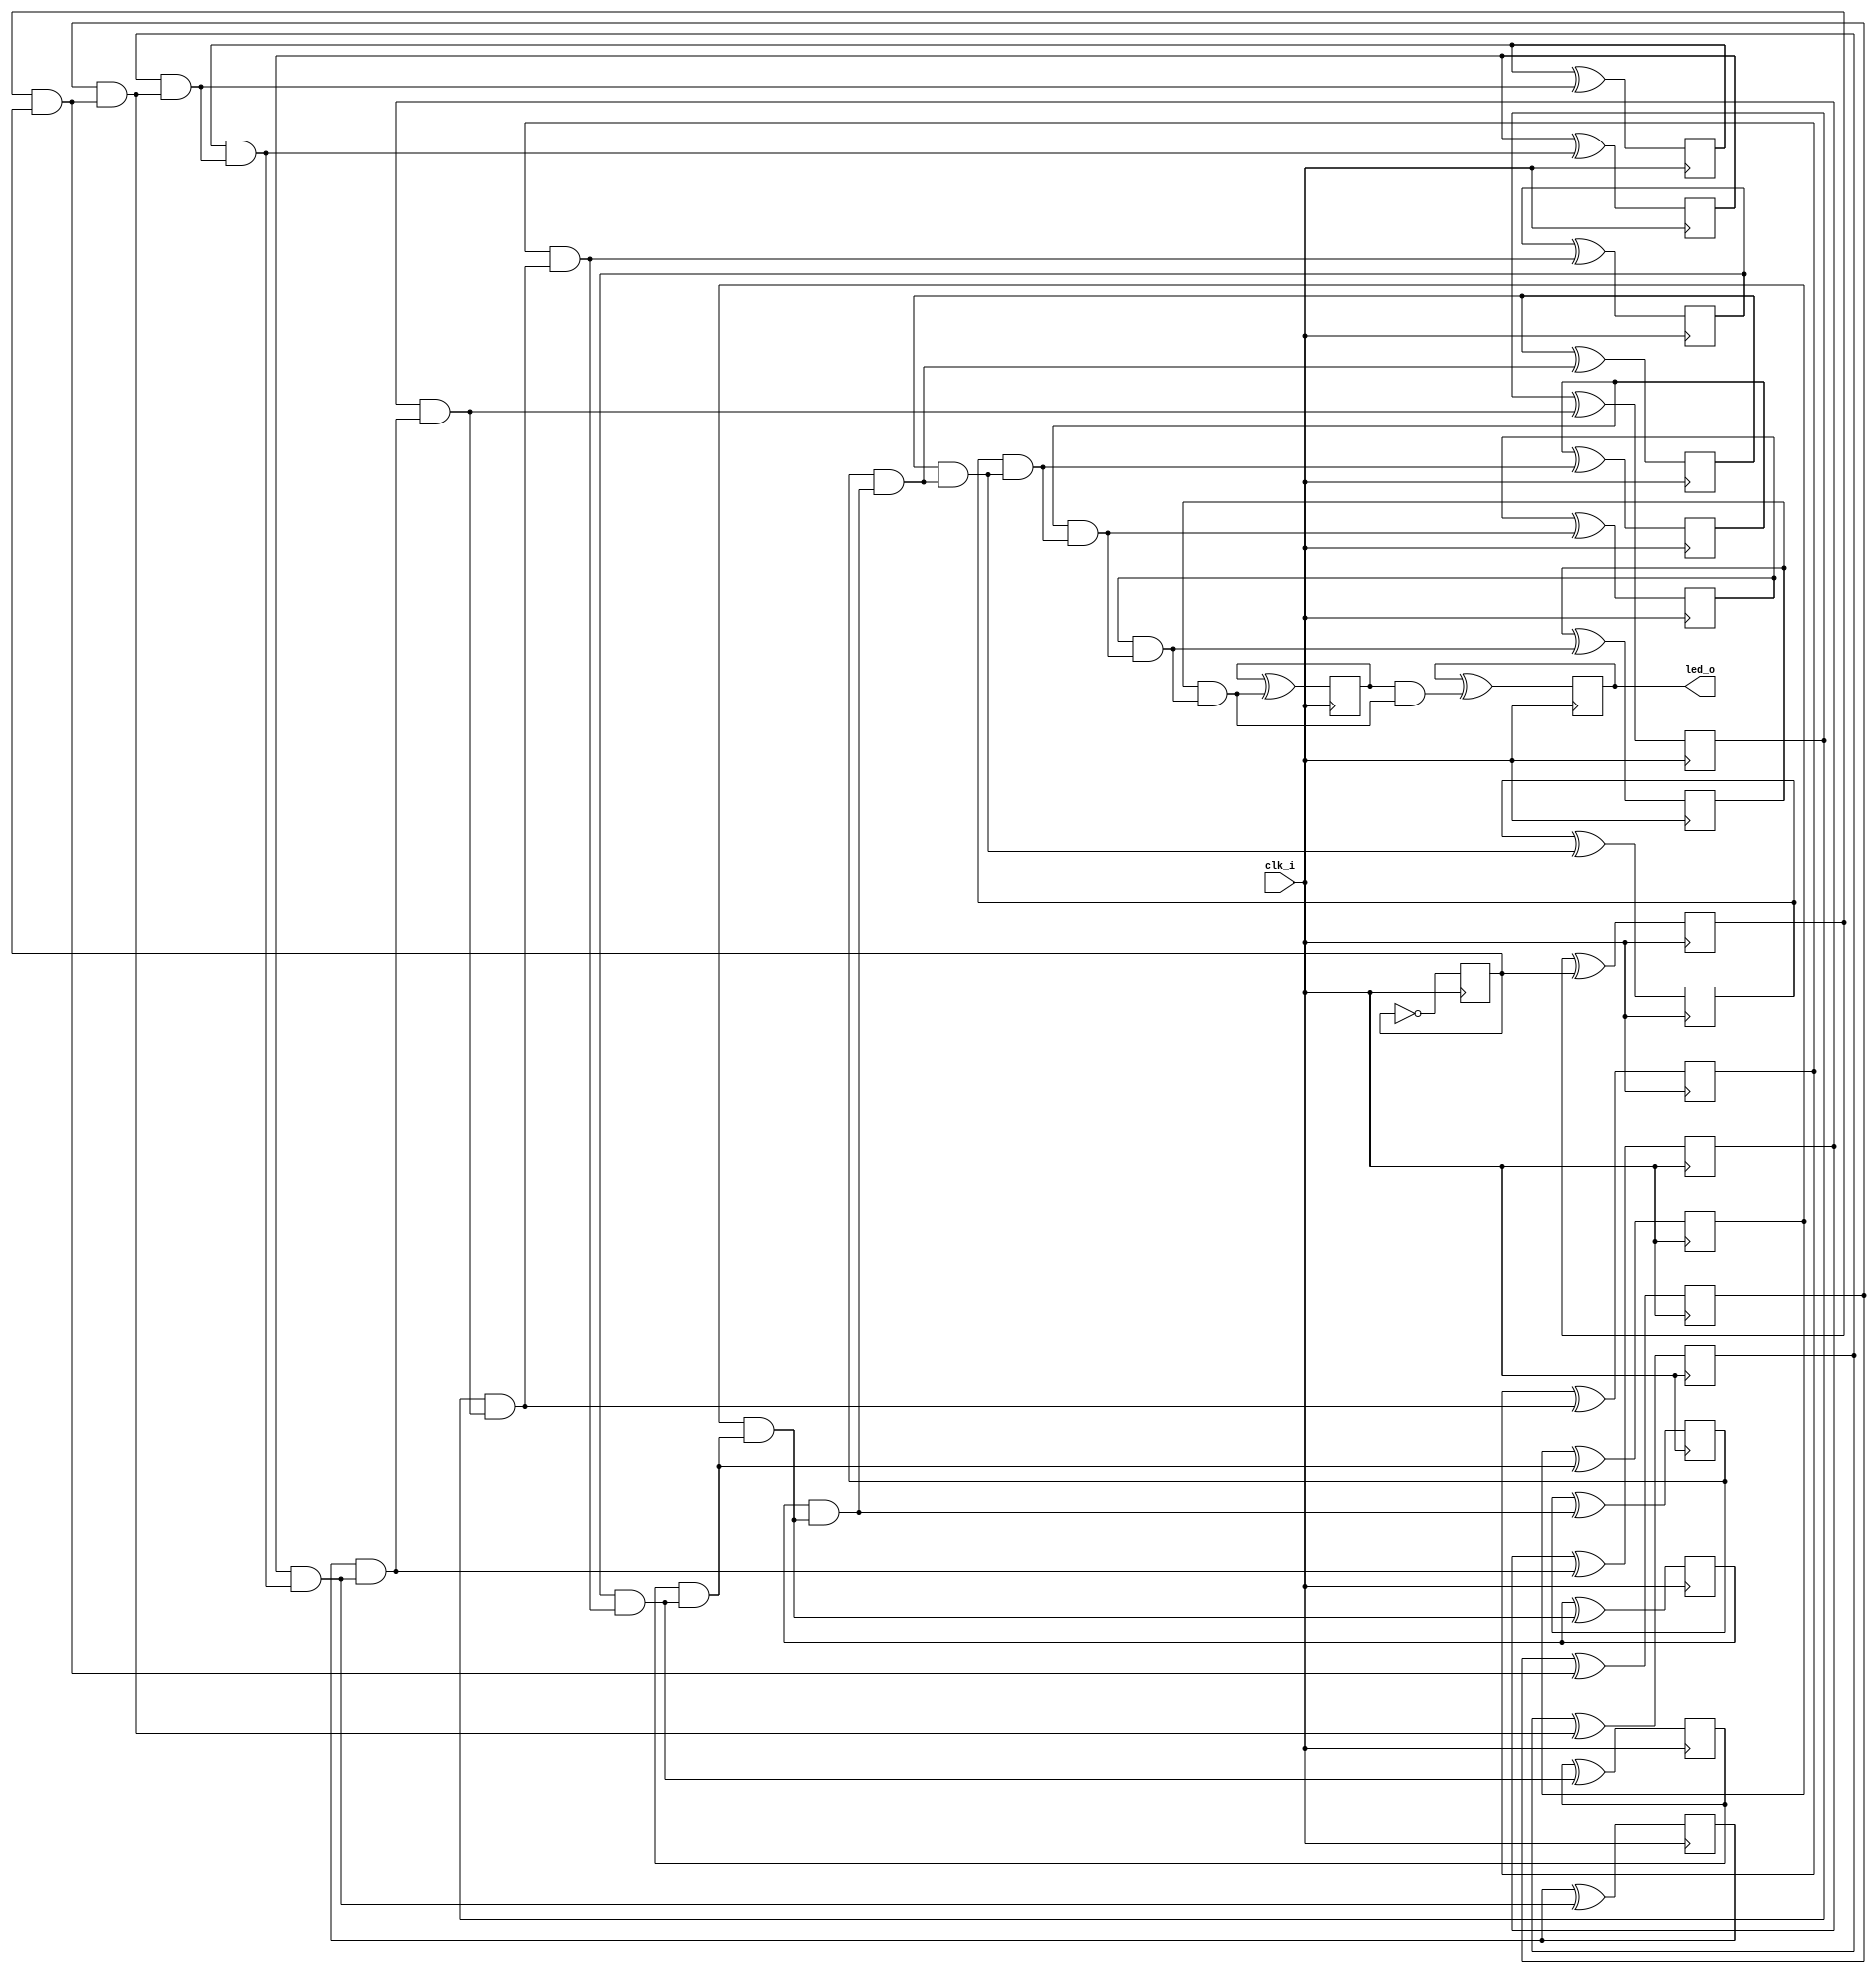
// Generated by MyHDL 0.11


`timescale 1ns/10ps

module blinker (
    clk_i,
    led_o
);


input clk_i;
output led_o;
wire led_o;

wire [21:0] cnt;
wire [21:0] chunk_insts_0_one;
wire [21:0] chunk_insts_0_next_cnt;
reg chunk_insts_0_k_k_q_o;
reg chunk_insts_0_k_chunk_insts_8_q_o;
reg chunk_insts_0_k_chunk_insts_11_q_o;
reg chunk_insts_0_k_chunk_insts_0_q_o;
reg chunk_insts_0_k_chunk_insts_21_q_o;
reg chunk_insts_0_k_chunk_insts_20_q_o;
reg chunk_insts_0_k_chunk_insts_19_q_o;
reg chunk_insts_0_k_chunk_insts_18_q_o;
reg chunk_insts_0_k_chunk_insts_17_q_o;
reg chunk_insts_0_k_chunk_insts_16_q_o;
reg chunk_insts_0_k_chunk_insts_15_q_o;
reg chunk_insts_0_k_chunk_insts_14_q_o;
reg chunk_insts_0_k_chunk_insts_13_q_o;
reg chunk_insts_0_k_chunk_insts_12_q_o;
reg chunk_insts_0_k_chunk_insts_7_q_o;
reg chunk_insts_0_k_chunk_insts_1_q_o;
reg chunk_insts_0_k_chunk_insts_5_q_o;
reg chunk_insts_0_k_chunk_insts_3_q_o;
reg chunk_insts_0_k_chunk_insts_10_q_o;
reg chunk_insts_0_k_chunk_insts_9_q_o;
reg chunk_insts_0_k_chunk_insts_6_q_o;
reg chunk_insts_0_k_chunk_insts_4_q_o;
wire [21:0] chunk_insts_0_k_chunk_insts_4_chunk_insts_2_a;
wire [22:0] chunk_insts_0_chunk_insts_0_c;
wire chunk_insts_0_chunk_insts_0_chunk_insts_22_c_o;
wire chunk_insts_0_chunk_insts_0_chunk_insts_22_s_o;
wire chunk_insts_0_chunk_insts_0_chunk_insts_16_c_o;
wire chunk_insts_0_chunk_insts_0_chunk_insts_16_s_o;
wire chunk_insts_0_chunk_insts_0_chunk_insts_17_c_o;
wire chunk_insts_0_chunk_insts_0_chunk_insts_17_s_o;
wire chunk_insts_0_chunk_insts_0_chunk_insts_7_c_o;
wire chunk_insts_0_chunk_insts_0_chunk_insts_7_s_o;
wire chunk_insts_0_chunk_insts_0_k_c_o;
wire chunk_insts_0_chunk_insts_0_k_s_o;
wire chunk_insts_0_chunk_insts_0_chunk_insts_21_c_o;
wire chunk_insts_0_chunk_insts_0_chunk_insts_21_s_o;
wire chunk_insts_0_chunk_insts_0_chunk_insts_20_c_o;
wire chunk_insts_0_chunk_insts_0_chunk_insts_20_s_o;
wire chunk_insts_0_chunk_insts_0_chunk_insts_18_c_o;
wire chunk_insts_0_chunk_insts_0_chunk_insts_18_s_o;
wire chunk_insts_0_chunk_insts_0_chunk_insts_13_c_o;
wire chunk_insts_0_chunk_insts_0_chunk_insts_13_s_o;
wire chunk_insts_0_chunk_insts_0_chunk_insts_8_c_o;
wire chunk_insts_0_chunk_insts_0_chunk_insts_8_s_o;
wire chunk_insts_0_chunk_insts_0_chunk_insts_11_c_o;
wire chunk_insts_0_chunk_insts_0_chunk_insts_11_s_o;
wire chunk_insts_0_chunk_insts_0_chunk_insts_10_c_o;
wire chunk_insts_0_chunk_insts_0_chunk_insts_10_s_o;
wire chunk_insts_0_chunk_insts_0_chunk_insts_19_c_o;
wire chunk_insts_0_chunk_insts_0_chunk_insts_19_s_o;
wire chunk_insts_0_chunk_insts_0_chunk_insts_15_c_o;
wire chunk_insts_0_chunk_insts_0_chunk_insts_15_s_o;
wire chunk_insts_0_chunk_insts_0_chunk_insts_9_c_o;
wire chunk_insts_0_chunk_insts_0_chunk_insts_9_s_o;
wire chunk_insts_0_chunk_insts_0_chunk_insts_14_c_o;
wire chunk_insts_0_chunk_insts_0_chunk_insts_14_s_o;
wire chunk_insts_0_chunk_insts_0_chunk_insts_12_c_o;
wire chunk_insts_0_chunk_insts_0_chunk_insts_12_s_o;
wire chunk_insts_0_chunk_insts_0_chunk_insts_6_c_o;
wire chunk_insts_0_chunk_insts_0_chunk_insts_6_s_o;
wire chunk_insts_0_chunk_insts_0_chunk_insts_5_c_o;
wire chunk_insts_0_chunk_insts_0_chunk_insts_5_s_o;
wire chunk_insts_0_chunk_insts_0_chunk_insts_4_c_o;
wire chunk_insts_0_chunk_insts_0_chunk_insts_4_s_o;
wire chunk_insts_0_chunk_insts_0_chunk_insts_3_c_o;
wire chunk_insts_0_chunk_insts_0_chunk_insts_3_s_o;
wire chunk_insts_0_chunk_insts_0_chunk_insts_2_c_o;
wire chunk_insts_0_chunk_insts_0_chunk_insts_2_s_o;
wire [21:0] chunk_insts_0_chunk_insts_0_chunk_insts_2_chunk_insts_0_a;
wire [22:0] chunk_insts_0_chunk_insts_0_chunk_insts_2_chunk_insts_1_a;

assign chunk_insts_0_one = 22'd1;
assign chunk_insts_0_k_chunk_insts_4_chunk_insts_2_a[21] = chunk_insts_0_k_k_q_o;
assign chunk_insts_0_k_chunk_insts_4_chunk_insts_2_a[20] = chunk_insts_0_k_chunk_insts_8_q_o;
assign chunk_insts_0_k_chunk_insts_4_chunk_insts_2_a[19] = chunk_insts_0_k_chunk_insts_11_q_o;
assign chunk_insts_0_k_chunk_insts_4_chunk_insts_2_a[18] = chunk_insts_0_k_chunk_insts_0_q_o;
assign chunk_insts_0_k_chunk_insts_4_chunk_insts_2_a[17] = chunk_insts_0_k_chunk_insts_21_q_o;
assign chunk_insts_0_k_chunk_insts_4_chunk_insts_2_a[16] = chunk_insts_0_k_chunk_insts_20_q_o;
assign chunk_insts_0_k_chunk_insts_4_chunk_insts_2_a[15] = chunk_insts_0_k_chunk_insts_19_q_o;
assign chunk_insts_0_k_chunk_insts_4_chunk_insts_2_a[14] = chunk_insts_0_k_chunk_insts_18_q_o;
assign chunk_insts_0_k_chunk_insts_4_chunk_insts_2_a[13] = chunk_insts_0_k_chunk_insts_17_q_o;
assign chunk_insts_0_k_chunk_insts_4_chunk_insts_2_a[12] = chunk_insts_0_k_chunk_insts_16_q_o;
assign chunk_insts_0_k_chunk_insts_4_chunk_insts_2_a[11] = chunk_insts_0_k_chunk_insts_15_q_o;
assign chunk_insts_0_k_chunk_insts_4_chunk_insts_2_a[10] = chunk_insts_0_k_chunk_insts_14_q_o;
assign chunk_insts_0_k_chunk_insts_4_chunk_insts_2_a[9] = chunk_insts_0_k_chunk_insts_13_q_o;
assign chunk_insts_0_k_chunk_insts_4_chunk_insts_2_a[8] = chunk_insts_0_k_chunk_insts_12_q_o;
assign chunk_insts_0_k_chunk_insts_4_chunk_insts_2_a[7] = chunk_insts_0_k_chunk_insts_7_q_o;
assign chunk_insts_0_k_chunk_insts_4_chunk_insts_2_a[6] = chunk_insts_0_k_chunk_insts_1_q_o;
assign chunk_insts_0_k_chunk_insts_4_chunk_insts_2_a[5] = chunk_insts_0_k_chunk_insts_5_q_o;
assign chunk_insts_0_k_chunk_insts_4_chunk_insts_2_a[4] = chunk_insts_0_k_chunk_insts_3_q_o;
assign chunk_insts_0_k_chunk_insts_4_chunk_insts_2_a[3] = chunk_insts_0_k_chunk_insts_10_q_o;
assign chunk_insts_0_k_chunk_insts_4_chunk_insts_2_a[2] = chunk_insts_0_k_chunk_insts_9_q_o;
assign chunk_insts_0_k_chunk_insts_4_chunk_insts_2_a[1] = chunk_insts_0_k_chunk_insts_6_q_o;
assign chunk_insts_0_k_chunk_insts_4_chunk_insts_2_a[0] = chunk_insts_0_k_chunk_insts_4_q_o;
assign chunk_insts_0_chunk_insts_0_chunk_insts_2_chunk_insts_0_a[21] = chunk_insts_0_chunk_insts_0_chunk_insts_22_s_o;
assign chunk_insts_0_chunk_insts_0_chunk_insts_2_chunk_insts_0_a[20] = chunk_insts_0_chunk_insts_0_chunk_insts_16_s_o;
assign chunk_insts_0_chunk_insts_0_chunk_insts_2_chunk_insts_0_a[19] = chunk_insts_0_chunk_insts_0_chunk_insts_17_s_o;
assign chunk_insts_0_chunk_insts_0_chunk_insts_2_chunk_insts_0_a[18] = chunk_insts_0_chunk_insts_0_chunk_insts_7_s_o;
assign chunk_insts_0_chunk_insts_0_chunk_insts_2_chunk_insts_0_a[17] = chunk_insts_0_chunk_insts_0_k_s_o;
assign chunk_insts_0_chunk_insts_0_chunk_insts_2_chunk_insts_0_a[16] = chunk_insts_0_chunk_insts_0_chunk_insts_21_s_o;
assign chunk_insts_0_chunk_insts_0_chunk_insts_2_chunk_insts_0_a[15] = chunk_insts_0_chunk_insts_0_chunk_insts_20_s_o;
assign chunk_insts_0_chunk_insts_0_chunk_insts_2_chunk_insts_0_a[14] = chunk_insts_0_chunk_insts_0_chunk_insts_18_s_o;
assign chunk_insts_0_chunk_insts_0_chunk_insts_2_chunk_insts_0_a[13] = chunk_insts_0_chunk_insts_0_chunk_insts_13_s_o;
assign chunk_insts_0_chunk_insts_0_chunk_insts_2_chunk_insts_0_a[12] = chunk_insts_0_chunk_insts_0_chunk_insts_8_s_o;
assign chunk_insts_0_chunk_insts_0_chunk_insts_2_chunk_insts_0_a[11] = chunk_insts_0_chunk_insts_0_chunk_insts_11_s_o;
assign chunk_insts_0_chunk_insts_0_chunk_insts_2_chunk_insts_0_a[10] = chunk_insts_0_chunk_insts_0_chunk_insts_10_s_o;
assign chunk_insts_0_chunk_insts_0_chunk_insts_2_chunk_insts_0_a[9] = chunk_insts_0_chunk_insts_0_chunk_insts_19_s_o;
assign chunk_insts_0_chunk_insts_0_chunk_insts_2_chunk_insts_0_a[8] = chunk_insts_0_chunk_insts_0_chunk_insts_15_s_o;
assign chunk_insts_0_chunk_insts_0_chunk_insts_2_chunk_insts_0_a[7] = chunk_insts_0_chunk_insts_0_chunk_insts_9_s_o;
assign chunk_insts_0_chunk_insts_0_chunk_insts_2_chunk_insts_0_a[6] = chunk_insts_0_chunk_insts_0_chunk_insts_14_s_o;
assign chunk_insts_0_chunk_insts_0_chunk_insts_2_chunk_insts_0_a[5] = chunk_insts_0_chunk_insts_0_chunk_insts_12_s_o;
assign chunk_insts_0_chunk_insts_0_chunk_insts_2_chunk_insts_0_a[4] = chunk_insts_0_chunk_insts_0_chunk_insts_6_s_o;
assign chunk_insts_0_chunk_insts_0_chunk_insts_2_chunk_insts_0_a[3] = chunk_insts_0_chunk_insts_0_chunk_insts_5_s_o;
assign chunk_insts_0_chunk_insts_0_chunk_insts_2_chunk_insts_0_a[2] = chunk_insts_0_chunk_insts_0_chunk_insts_4_s_o;
assign chunk_insts_0_chunk_insts_0_chunk_insts_2_chunk_insts_0_a[1] = chunk_insts_0_chunk_insts_0_chunk_insts_3_s_o;
assign chunk_insts_0_chunk_insts_0_chunk_insts_2_chunk_insts_0_a[0] = chunk_insts_0_chunk_insts_0_chunk_insts_2_s_o;
assign chunk_insts_0_chunk_insts_0_chunk_insts_2_chunk_insts_1_a[22] = chunk_insts_0_chunk_insts_0_chunk_insts_22_c_o;
assign chunk_insts_0_chunk_insts_0_chunk_insts_2_chunk_insts_1_a[21] = chunk_insts_0_chunk_insts_0_chunk_insts_16_c_o;
assign chunk_insts_0_chunk_insts_0_chunk_insts_2_chunk_insts_1_a[20] = chunk_insts_0_chunk_insts_0_chunk_insts_17_c_o;
assign chunk_insts_0_chunk_insts_0_chunk_insts_2_chunk_insts_1_a[19] = chunk_insts_0_chunk_insts_0_chunk_insts_7_c_o;
assign chunk_insts_0_chunk_insts_0_chunk_insts_2_chunk_insts_1_a[18] = chunk_insts_0_chunk_insts_0_k_c_o;
assign chunk_insts_0_chunk_insts_0_chunk_insts_2_chunk_insts_1_a[17] = chunk_insts_0_chunk_insts_0_chunk_insts_21_c_o;
assign chunk_insts_0_chunk_insts_0_chunk_insts_2_chunk_insts_1_a[16] = chunk_insts_0_chunk_insts_0_chunk_insts_20_c_o;
assign chunk_insts_0_chunk_insts_0_chunk_insts_2_chunk_insts_1_a[15] = chunk_insts_0_chunk_insts_0_chunk_insts_18_c_o;
assign chunk_insts_0_chunk_insts_0_chunk_insts_2_chunk_insts_1_a[14] = chunk_insts_0_chunk_insts_0_chunk_insts_13_c_o;
assign chunk_insts_0_chunk_insts_0_chunk_insts_2_chunk_insts_1_a[13] = chunk_insts_0_chunk_insts_0_chunk_insts_8_c_o;
assign chunk_insts_0_chunk_insts_0_chunk_insts_2_chunk_insts_1_a[12] = chunk_insts_0_chunk_insts_0_chunk_insts_11_c_o;
assign chunk_insts_0_chunk_insts_0_chunk_insts_2_chunk_insts_1_a[11] = chunk_insts_0_chunk_insts_0_chunk_insts_10_c_o;
assign chunk_insts_0_chunk_insts_0_chunk_insts_2_chunk_insts_1_a[10] = chunk_insts_0_chunk_insts_0_chunk_insts_19_c_o;
assign chunk_insts_0_chunk_insts_0_chunk_insts_2_chunk_insts_1_a[9] = chunk_insts_0_chunk_insts_0_chunk_insts_15_c_o;
assign chunk_insts_0_chunk_insts_0_chunk_insts_2_chunk_insts_1_a[8] = chunk_insts_0_chunk_insts_0_chunk_insts_9_c_o;
assign chunk_insts_0_chunk_insts_0_chunk_insts_2_chunk_insts_1_a[7] = chunk_insts_0_chunk_insts_0_chunk_insts_14_c_o;
assign chunk_insts_0_chunk_insts_0_chunk_insts_2_chunk_insts_1_a[6] = chunk_insts_0_chunk_insts_0_chunk_insts_12_c_o;
assign chunk_insts_0_chunk_insts_0_chunk_insts_2_chunk_insts_1_a[5] = chunk_insts_0_chunk_insts_0_chunk_insts_6_c_o;
assign chunk_insts_0_chunk_insts_0_chunk_insts_2_chunk_insts_1_a[4] = chunk_insts_0_chunk_insts_0_chunk_insts_5_c_o;
assign chunk_insts_0_chunk_insts_0_chunk_insts_2_chunk_insts_1_a[3] = chunk_insts_0_chunk_insts_0_chunk_insts_4_c_o;
assign chunk_insts_0_chunk_insts_0_chunk_insts_2_chunk_insts_1_a[2] = chunk_insts_0_chunk_insts_0_chunk_insts_3_c_o;
assign chunk_insts_0_chunk_insts_0_chunk_insts_2_chunk_insts_1_a[1] = chunk_insts_0_chunk_insts_0_chunk_insts_2_c_o;
assign chunk_insts_0_chunk_insts_0_chunk_insts_2_chunk_insts_1_a[0] = 0;



assign chunk_insts_0_next_cnt = chunk_insts_0_chunk_insts_0_chunk_insts_2_chunk_insts_0_a;



assign chunk_insts_0_chunk_insts_0_c = chunk_insts_0_chunk_insts_0_chunk_insts_2_chunk_insts_1_a;



assign chunk_insts_0_chunk_insts_0_chunk_insts_2_s_o = ((chunk_insts_0_one[0] ^ cnt[0]) ^ chunk_insts_0_chunk_insts_0_c[0]);
assign chunk_insts_0_chunk_insts_0_chunk_insts_2_c_o = (((chunk_insts_0_one[0] & cnt[0]) | (chunk_insts_0_one[0] & chunk_insts_0_chunk_insts_0_c[0])) | (cnt[0] & chunk_insts_0_chunk_insts_0_c[0]));



assign chunk_insts_0_chunk_insts_0_chunk_insts_3_s_o = ((chunk_insts_0_one[1] ^ cnt[1]) ^ chunk_insts_0_chunk_insts_0_c[1]);
assign chunk_insts_0_chunk_insts_0_chunk_insts_3_c_o = (((chunk_insts_0_one[1] & cnt[1]) | (chunk_insts_0_one[1] & chunk_insts_0_chunk_insts_0_c[1])) | (cnt[1] & chunk_insts_0_chunk_insts_0_c[1]));



assign chunk_insts_0_chunk_insts_0_chunk_insts_4_s_o = ((chunk_insts_0_one[2] ^ cnt[2]) ^ chunk_insts_0_chunk_insts_0_c[2]);
assign chunk_insts_0_chunk_insts_0_chunk_insts_4_c_o = (((chunk_insts_0_one[2] & cnt[2]) | (chunk_insts_0_one[2] & chunk_insts_0_chunk_insts_0_c[2])) | (cnt[2] & chunk_insts_0_chunk_insts_0_c[2]));



assign chunk_insts_0_chunk_insts_0_chunk_insts_5_s_o = ((chunk_insts_0_one[3] ^ cnt[3]) ^ chunk_insts_0_chunk_insts_0_c[3]);
assign chunk_insts_0_chunk_insts_0_chunk_insts_5_c_o = (((chunk_insts_0_one[3] & cnt[3]) | (chunk_insts_0_one[3] & chunk_insts_0_chunk_insts_0_c[3])) | (cnt[3] & chunk_insts_0_chunk_insts_0_c[3]));



assign chunk_insts_0_chunk_insts_0_chunk_insts_6_s_o = ((chunk_insts_0_one[4] ^ cnt[4]) ^ chunk_insts_0_chunk_insts_0_c[4]);
assign chunk_insts_0_chunk_insts_0_chunk_insts_6_c_o = (((chunk_insts_0_one[4] & cnt[4]) | (chunk_insts_0_one[4] & chunk_insts_0_chunk_insts_0_c[4])) | (cnt[4] & chunk_insts_0_chunk_insts_0_c[4]));



assign chunk_insts_0_chunk_insts_0_chunk_insts_7_s_o = ((chunk_insts_0_one[18] ^ cnt[18]) ^ chunk_insts_0_chunk_insts_0_c[18]);
assign chunk_insts_0_chunk_insts_0_chunk_insts_7_c_o = (((chunk_insts_0_one[18] & cnt[18]) | (chunk_insts_0_one[18] & chunk_insts_0_chunk_insts_0_c[18])) | (cnt[18] & chunk_insts_0_chunk_insts_0_c[18]));



assign chunk_insts_0_chunk_insts_0_chunk_insts_8_s_o = ((chunk_insts_0_one[12] ^ cnt[12]) ^ chunk_insts_0_chunk_insts_0_c[12]);
assign chunk_insts_0_chunk_insts_0_chunk_insts_8_c_o = (((chunk_insts_0_one[12] & cnt[12]) | (chunk_insts_0_one[12] & chunk_insts_0_chunk_insts_0_c[12])) | (cnt[12] & chunk_insts_0_chunk_insts_0_c[12]));



assign chunk_insts_0_chunk_insts_0_chunk_insts_9_s_o = ((chunk_insts_0_one[7] ^ cnt[7]) ^ chunk_insts_0_chunk_insts_0_c[7]);
assign chunk_insts_0_chunk_insts_0_chunk_insts_9_c_o = (((chunk_insts_0_one[7] & cnt[7]) | (chunk_insts_0_one[7] & chunk_insts_0_chunk_insts_0_c[7])) | (cnt[7] & chunk_insts_0_chunk_insts_0_c[7]));



assign chunk_insts_0_chunk_insts_0_chunk_insts_10_s_o = ((chunk_insts_0_one[10] ^ cnt[10]) ^ chunk_insts_0_chunk_insts_0_c[10]);
assign chunk_insts_0_chunk_insts_0_chunk_insts_10_c_o = (((chunk_insts_0_one[10] & cnt[10]) | (chunk_insts_0_one[10] & chunk_insts_0_chunk_insts_0_c[10])) | (cnt[10] & chunk_insts_0_chunk_insts_0_c[10]));



assign chunk_insts_0_chunk_insts_0_chunk_insts_11_s_o = ((chunk_insts_0_one[11] ^ cnt[11]) ^ chunk_insts_0_chunk_insts_0_c[11]);
assign chunk_insts_0_chunk_insts_0_chunk_insts_11_c_o = (((chunk_insts_0_one[11] & cnt[11]) | (chunk_insts_0_one[11] & chunk_insts_0_chunk_insts_0_c[11])) | (cnt[11] & chunk_insts_0_chunk_insts_0_c[11]));



assign chunk_insts_0_chunk_insts_0_chunk_insts_12_s_o = ((chunk_insts_0_one[5] ^ cnt[5]) ^ chunk_insts_0_chunk_insts_0_c[5]);
assign chunk_insts_0_chunk_insts_0_chunk_insts_12_c_o = (((chunk_insts_0_one[5] & cnt[5]) | (chunk_insts_0_one[5] & chunk_insts_0_chunk_insts_0_c[5])) | (cnt[5] & chunk_insts_0_chunk_insts_0_c[5]));



assign chunk_insts_0_chunk_insts_0_chunk_insts_13_s_o = ((chunk_insts_0_one[13] ^ cnt[13]) ^ chunk_insts_0_chunk_insts_0_c[13]);
assign chunk_insts_0_chunk_insts_0_chunk_insts_13_c_o = (((chunk_insts_0_one[13] & cnt[13]) | (chunk_insts_0_one[13] & chunk_insts_0_chunk_insts_0_c[13])) | (cnt[13] & chunk_insts_0_chunk_insts_0_c[13]));



assign chunk_insts_0_chunk_insts_0_chunk_insts_14_s_o = ((chunk_insts_0_one[6] ^ cnt[6]) ^ chunk_insts_0_chunk_insts_0_c[6]);
assign chunk_insts_0_chunk_insts_0_chunk_insts_14_c_o = (((chunk_insts_0_one[6] & cnt[6]) | (chunk_insts_0_one[6] & chunk_insts_0_chunk_insts_0_c[6])) | (cnt[6] & chunk_insts_0_chunk_insts_0_c[6]));



assign chunk_insts_0_chunk_insts_0_chunk_insts_15_s_o = ((chunk_insts_0_one[8] ^ cnt[8]) ^ chunk_insts_0_chunk_insts_0_c[8]);
assign chunk_insts_0_chunk_insts_0_chunk_insts_15_c_o = (((chunk_insts_0_one[8] & cnt[8]) | (chunk_insts_0_one[8] & chunk_insts_0_chunk_insts_0_c[8])) | (cnt[8] & chunk_insts_0_chunk_insts_0_c[8]));



assign chunk_insts_0_chunk_insts_0_chunk_insts_16_s_o = ((chunk_insts_0_one[20] ^ cnt[20]) ^ chunk_insts_0_chunk_insts_0_c[20]);
assign chunk_insts_0_chunk_insts_0_chunk_insts_16_c_o = (((chunk_insts_0_one[20] & cnt[20]) | (chunk_insts_0_one[20] & chunk_insts_0_chunk_insts_0_c[20])) | (cnt[20] & chunk_insts_0_chunk_insts_0_c[20]));



assign chunk_insts_0_chunk_insts_0_chunk_insts_17_s_o = ((chunk_insts_0_one[19] ^ cnt[19]) ^ chunk_insts_0_chunk_insts_0_c[19]);
assign chunk_insts_0_chunk_insts_0_chunk_insts_17_c_o = (((chunk_insts_0_one[19] & cnt[19]) | (chunk_insts_0_one[19] & chunk_insts_0_chunk_insts_0_c[19])) | (cnt[19] & chunk_insts_0_chunk_insts_0_c[19]));



assign chunk_insts_0_chunk_insts_0_chunk_insts_18_s_o = ((chunk_insts_0_one[14] ^ cnt[14]) ^ chunk_insts_0_chunk_insts_0_c[14]);
assign chunk_insts_0_chunk_insts_0_chunk_insts_18_c_o = (((chunk_insts_0_one[14] & cnt[14]) | (chunk_insts_0_one[14] & chunk_insts_0_chunk_insts_0_c[14])) | (cnt[14] & chunk_insts_0_chunk_insts_0_c[14]));



assign chunk_insts_0_chunk_insts_0_chunk_insts_19_s_o = ((chunk_insts_0_one[9] ^ cnt[9]) ^ chunk_insts_0_chunk_insts_0_c[9]);
assign chunk_insts_0_chunk_insts_0_chunk_insts_19_c_o = (((chunk_insts_0_one[9] & cnt[9]) | (chunk_insts_0_one[9] & chunk_insts_0_chunk_insts_0_c[9])) | (cnt[9] & chunk_insts_0_chunk_insts_0_c[9]));



assign chunk_insts_0_chunk_insts_0_chunk_insts_20_s_o = ((chunk_insts_0_one[15] ^ cnt[15]) ^ chunk_insts_0_chunk_insts_0_c[15]);
assign chunk_insts_0_chunk_insts_0_chunk_insts_20_c_o = (((chunk_insts_0_one[15] & cnt[15]) | (chunk_insts_0_one[15] & chunk_insts_0_chunk_insts_0_c[15])) | (cnt[15] & chunk_insts_0_chunk_insts_0_c[15]));



assign chunk_insts_0_chunk_insts_0_chunk_insts_21_s_o = ((chunk_insts_0_one[16] ^ cnt[16]) ^ chunk_insts_0_chunk_insts_0_c[16]);
assign chunk_insts_0_chunk_insts_0_chunk_insts_21_c_o = (((chunk_insts_0_one[16] & cnt[16]) | (chunk_insts_0_one[16] & chunk_insts_0_chunk_insts_0_c[16])) | (cnt[16] & chunk_insts_0_chunk_insts_0_c[16]));



assign chunk_insts_0_chunk_insts_0_chunk_insts_22_s_o = ((chunk_insts_0_one[21] ^ cnt[21]) ^ chunk_insts_0_chunk_insts_0_c[21]);
assign chunk_insts_0_chunk_insts_0_chunk_insts_22_c_o = (((chunk_insts_0_one[21] & cnt[21]) | (chunk_insts_0_one[21] & chunk_insts_0_chunk_insts_0_c[21])) | (cnt[21] & chunk_insts_0_chunk_insts_0_c[21]));



assign chunk_insts_0_chunk_insts_0_k_s_o = ((chunk_insts_0_one[17] ^ cnt[17]) ^ chunk_insts_0_chunk_insts_0_c[17]);
assign chunk_insts_0_chunk_insts_0_k_c_o = (((chunk_insts_0_one[17] & cnt[17]) | (chunk_insts_0_one[17] & chunk_insts_0_chunk_insts_0_c[17])) | (cnt[17] & chunk_insts_0_chunk_insts_0_c[17]));


always @(posedge clk_i) begin: BLINKER_LOC_INSTS_CHUNK_INSTS_0_LOC_INSTS_CHUNK_INSTS_K_LOC_INSTS_CHUNK_INSTS_0_LOC_INSTS_CHUNK_INSTS_K
    chunk_insts_0_k_chunk_insts_0_q_o <= chunk_insts_0_next_cnt[18];
end


always @(posedge clk_i) begin: BLINKER_LOC_INSTS_CHUNK_INSTS_0_LOC_INSTS_CHUNK_INSTS_K_LOC_INSTS_CHUNK_INSTS_1_LOC_INSTS_CHUNK_INSTS_K
    chunk_insts_0_k_chunk_insts_1_q_o <= chunk_insts_0_next_cnt[6];
end



assign cnt = chunk_insts_0_k_chunk_insts_4_chunk_insts_2_a;


always @(posedge clk_i) begin: BLINKER_LOC_INSTS_CHUNK_INSTS_0_LOC_INSTS_CHUNK_INSTS_K_LOC_INSTS_CHUNK_INSTS_3_LOC_INSTS_CHUNK_INSTS_K
    chunk_insts_0_k_chunk_insts_3_q_o <= chunk_insts_0_next_cnt[4];
end


always @(posedge clk_i) begin: BLINKER_LOC_INSTS_CHUNK_INSTS_0_LOC_INSTS_CHUNK_INSTS_K_LOC_INSTS_CHUNK_INSTS_4_LOC_INSTS_CHUNK_INSTS_K
    chunk_insts_0_k_chunk_insts_4_q_o <= chunk_insts_0_next_cnt[0];
end


always @(posedge clk_i) begin: BLINKER_LOC_INSTS_CHUNK_INSTS_0_LOC_INSTS_CHUNK_INSTS_K_LOC_INSTS_CHUNK_INSTS_5_LOC_INSTS_CHUNK_INSTS_K
    chunk_insts_0_k_chunk_insts_5_q_o <= chunk_insts_0_next_cnt[5];
end


always @(posedge clk_i) begin: BLINKER_LOC_INSTS_CHUNK_INSTS_0_LOC_INSTS_CHUNK_INSTS_K_LOC_INSTS_CHUNK_INSTS_6_LOC_INSTS_CHUNK_INSTS_K
    chunk_insts_0_k_chunk_insts_6_q_o <= chunk_insts_0_next_cnt[1];
end


always @(posedge clk_i) begin: BLINKER_LOC_INSTS_CHUNK_INSTS_0_LOC_INSTS_CHUNK_INSTS_K_LOC_INSTS_CHUNK_INSTS_7_LOC_INSTS_CHUNK_INSTS_K
    chunk_insts_0_k_chunk_insts_7_q_o <= chunk_insts_0_next_cnt[7];
end


always @(posedge clk_i) begin: BLINKER_LOC_INSTS_CHUNK_INSTS_0_LOC_INSTS_CHUNK_INSTS_K_LOC_INSTS_CHUNK_INSTS_8_LOC_INSTS_CHUNK_INSTS_K
    chunk_insts_0_k_chunk_insts_8_q_o <= chunk_insts_0_next_cnt[20];
end


always @(posedge clk_i) begin: BLINKER_LOC_INSTS_CHUNK_INSTS_0_LOC_INSTS_CHUNK_INSTS_K_LOC_INSTS_CHUNK_INSTS_9_LOC_INSTS_CHUNK_INSTS_K
    chunk_insts_0_k_chunk_insts_9_q_o <= chunk_insts_0_next_cnt[2];
end


always @(posedge clk_i) begin: BLINKER_LOC_INSTS_CHUNK_INSTS_0_LOC_INSTS_CHUNK_INSTS_K_LOC_INSTS_CHUNK_INSTS_10_LOC_INSTS_CHUNK_INSTS_K
    chunk_insts_0_k_chunk_insts_10_q_o <= chunk_insts_0_next_cnt[3];
end


always @(posedge clk_i) begin: BLINKER_LOC_INSTS_CHUNK_INSTS_0_LOC_INSTS_CHUNK_INSTS_K_LOC_INSTS_CHUNK_INSTS_11_LOC_INSTS_CHUNK_INSTS_K
    chunk_insts_0_k_chunk_insts_11_q_o <= chunk_insts_0_next_cnt[19];
end


always @(posedge clk_i) begin: BLINKER_LOC_INSTS_CHUNK_INSTS_0_LOC_INSTS_CHUNK_INSTS_K_LOC_INSTS_CHUNK_INSTS_12_LOC_INSTS_CHUNK_INSTS_K
    chunk_insts_0_k_chunk_insts_12_q_o <= chunk_insts_0_next_cnt[8];
end


always @(posedge clk_i) begin: BLINKER_LOC_INSTS_CHUNK_INSTS_0_LOC_INSTS_CHUNK_INSTS_K_LOC_INSTS_CHUNK_INSTS_13_LOC_INSTS_CHUNK_INSTS_K
    chunk_insts_0_k_chunk_insts_13_q_o <= chunk_insts_0_next_cnt[9];
end


always @(posedge clk_i) begin: BLINKER_LOC_INSTS_CHUNK_INSTS_0_LOC_INSTS_CHUNK_INSTS_K_LOC_INSTS_CHUNK_INSTS_14_LOC_INSTS_CHUNK_INSTS_K
    chunk_insts_0_k_chunk_insts_14_q_o <= chunk_insts_0_next_cnt[10];
end


always @(posedge clk_i) begin: BLINKER_LOC_INSTS_CHUNK_INSTS_0_LOC_INSTS_CHUNK_INSTS_K_LOC_INSTS_CHUNK_INSTS_15_LOC_INSTS_CHUNK_INSTS_K
    chunk_insts_0_k_chunk_insts_15_q_o <= chunk_insts_0_next_cnt[11];
end


always @(posedge clk_i) begin: BLINKER_LOC_INSTS_CHUNK_INSTS_0_LOC_INSTS_CHUNK_INSTS_K_LOC_INSTS_CHUNK_INSTS_16_LOC_INSTS_CHUNK_INSTS_K
    chunk_insts_0_k_chunk_insts_16_q_o <= chunk_insts_0_next_cnt[12];
end


always @(posedge clk_i) begin: BLINKER_LOC_INSTS_CHUNK_INSTS_0_LOC_INSTS_CHUNK_INSTS_K_LOC_INSTS_CHUNK_INSTS_17_LOC_INSTS_CHUNK_INSTS_K
    chunk_insts_0_k_chunk_insts_17_q_o <= chunk_insts_0_next_cnt[13];
end


always @(posedge clk_i) begin: BLINKER_LOC_INSTS_CHUNK_INSTS_0_LOC_INSTS_CHUNK_INSTS_K_LOC_INSTS_CHUNK_INSTS_18_LOC_INSTS_CHUNK_INSTS_K
    chunk_insts_0_k_chunk_insts_18_q_o <= chunk_insts_0_next_cnt[14];
end


always @(posedge clk_i) begin: BLINKER_LOC_INSTS_CHUNK_INSTS_0_LOC_INSTS_CHUNK_INSTS_K_LOC_INSTS_CHUNK_INSTS_19_LOC_INSTS_CHUNK_INSTS_K
    chunk_insts_0_k_chunk_insts_19_q_o <= chunk_insts_0_next_cnt[15];
end


always @(posedge clk_i) begin: BLINKER_LOC_INSTS_CHUNK_INSTS_0_LOC_INSTS_CHUNK_INSTS_K_LOC_INSTS_CHUNK_INSTS_20_LOC_INSTS_CHUNK_INSTS_K
    chunk_insts_0_k_chunk_insts_20_q_o <= chunk_insts_0_next_cnt[16];
end


always @(posedge clk_i) begin: BLINKER_LOC_INSTS_CHUNK_INSTS_0_LOC_INSTS_CHUNK_INSTS_K_LOC_INSTS_CHUNK_INSTS_21_LOC_INSTS_CHUNK_INSTS_K
    chunk_insts_0_k_chunk_insts_21_q_o <= chunk_insts_0_next_cnt[17];
end


always @(posedge clk_i) begin: BLINKER_LOC_INSTS_CHUNK_INSTS_0_LOC_INSTS_CHUNK_INSTS_K_LOC_INSTS_CHUNK_INSTS_K_LOC_INSTS_CHUNK_INSTS_K
    chunk_insts_0_k_k_q_o <= chunk_insts_0_next_cnt[21];
end



assign led_o = cnt[(22 - 1)];

endmodule